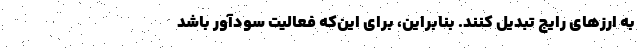
به ارز‌های رایج تبدیل کنند. بنابراین، برای این‌که فعالیت سودآور باشد